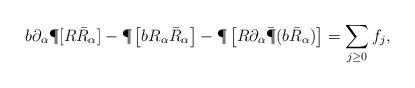
LaTeX: \begin{align*}b\partial_\alpha\P[R\bar R_\alpha] - \P\left[bR_\alpha\bar R_\alpha\right] - \P\left[R\partial_\alpha\bar \P(b\bar R_\alpha)\right] = \sum\limits_{j\geq0}f_j,\end{align*}